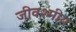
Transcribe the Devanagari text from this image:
जीवश्मीय